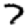
Digit: 7